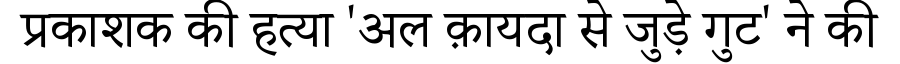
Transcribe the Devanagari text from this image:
प्रकाशक की हत्या 'अल क़ायदा से जुड़े गुट' ने की